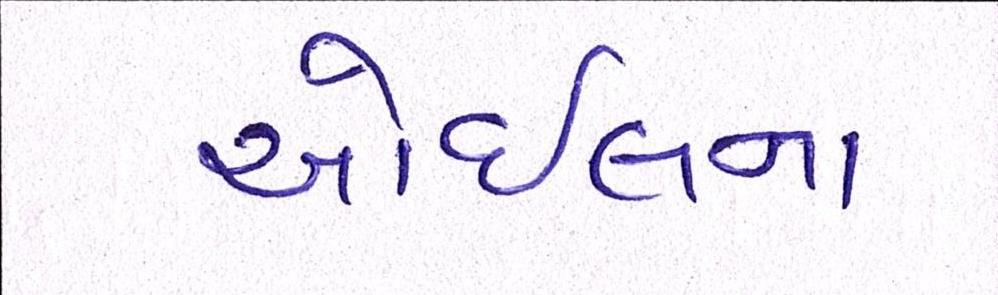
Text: ઓઇલના